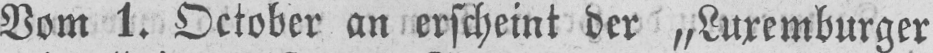
Vom 1. October an erscheint der „Luxemburger